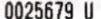
0025679 U